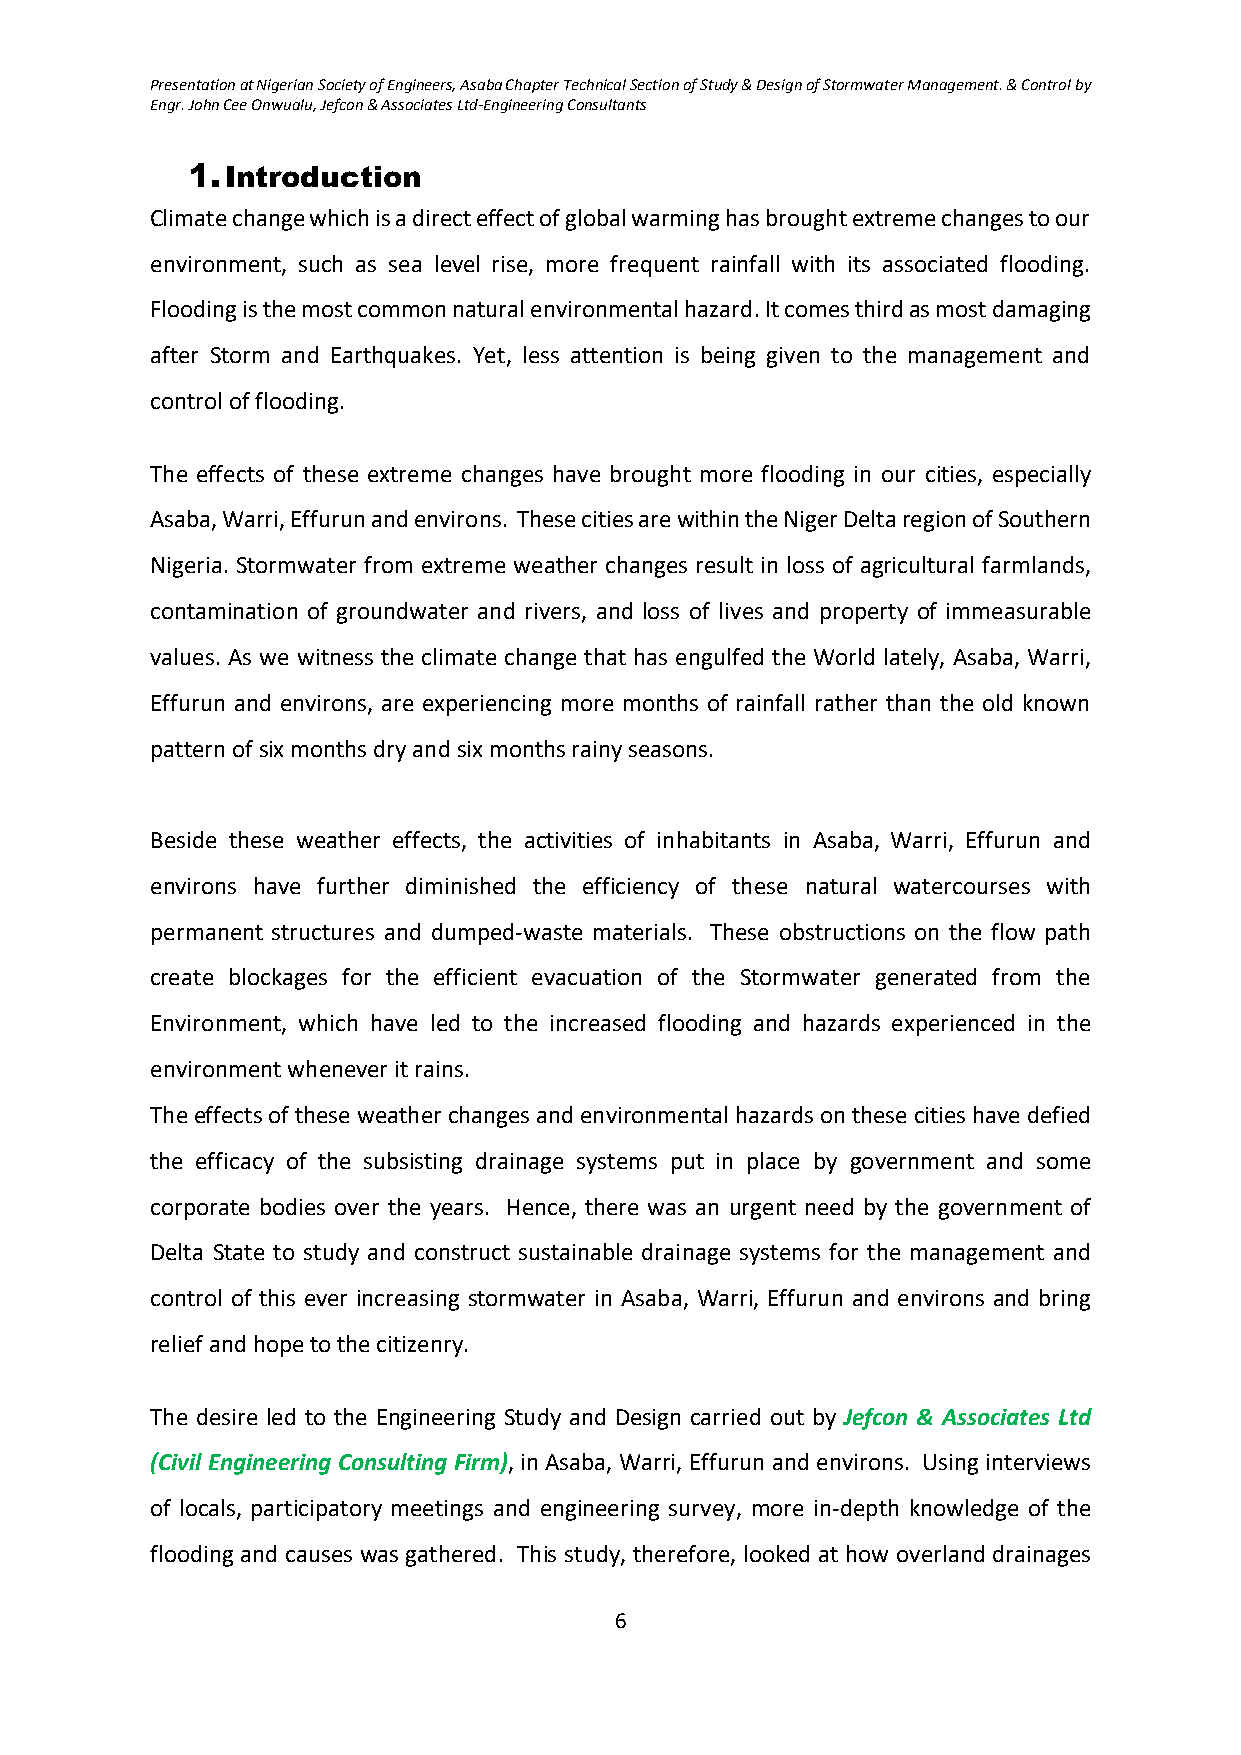
Presentation at Nigerian Society of Engineers, Asaba Chapter Technical Section of Study & Design of Stormwater Management. & Control by
 Engr. John Cee Onwualu, Jefcon & Associates Ltd-Engineering Consultants
 1. Introduction
 Climate change which is a direct effect of global warming has brought extreme changes to our
 environment, such as sea level rise, more frequent rainfall with its associated flooding.
 Flooding is the most common natural environmental hazard. It comes third as most damaging
 after Storm and Earthquakes. Yet, less attention is being given to the management and
 control of flooding.
 The effects of these extreme changes have brought more flooding in our cities, especially
 Asaba, Warri, Effurun and environs. These cities are within the Niger Delta region of Southern
 Nigeria. Stormwater from extreme weather changes result in loss of agricultural farmlands,
 contamination of groundwater and rivers, and loss of lives and property of immeasurable
 values. As we witness the climate change that has engulfed the World lately, Asaba, Warri,
 Effurun and environs, are experiencing more months of rainfall rather than the old known
 pattern of six months dry and six months rainy seasons.
 Beside these weather effects, the activities of inhabitants in Asaba, Warri, Effurun and
 environs have further diminished the efficiency of these natural watercourses with
 permanent structures and dumped-waste materials. These obstructions on the flow path
 create blockages for the efficient evacuation of the Stormwater generated from the
 Environment, which have led to the increased flooding and hazards experienced in the
 environment whenever it rains.
 The effects of these weather changes and environmental hazards on these cities have defied
 the efficacy of the subsisting drainage systems put in place by government and some
 corporate bodies over the years. Hence, there was an urgent need by the government of
 Delta State to study and construct sustainable drainage systems for the management and
 control of this ever increasing stormwater in Asaba, Warri, Effurun and environs and bring
 relief and hope to the citizenry.
 The desire led to the Engineering Study and Design carried out by Jefcon & Associates Ltd
 (Civil Engineering Consulting Firm), in Asaba, Warri, Effurun and environs. Using interviews
 of locals, participatory meetings and engineering survey, more in-depth knowledge of the
 flooding and causes was gathered. This study, therefore, looked at how overland drainages
 6